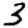
Digit: 3